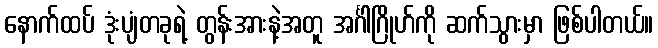
နောက်ထပ် ဒုံးပျံတခုရဲ့ တွန်းအားနဲ့အတူ အင်္ဂါဂြိုဟ်ကို ဆက်သွားမှာ ဖြစ်ပါတယ်။